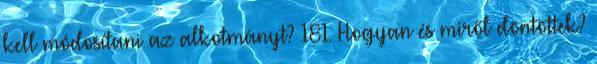
kell módosítani az alkotmányt? 181. Hogyan és miről döntöttek?